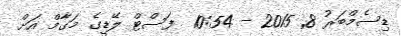
ޑިސެމްބަރު 8